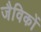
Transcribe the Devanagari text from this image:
जैविकों